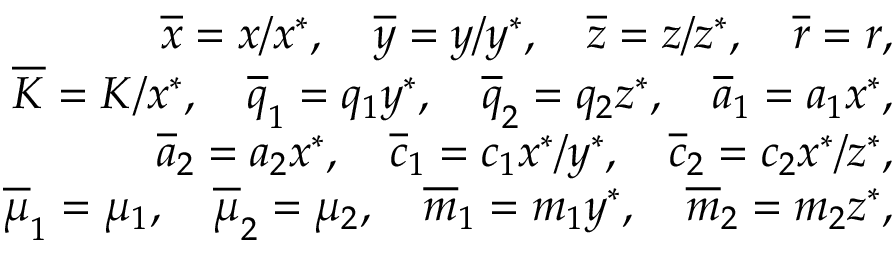
\begin{array} { r } { \overline { x } = x / x ^ { * } , \quad \overline { y } = y / y ^ { * } , \quad \overline { z } = z / z ^ { * } , \quad \overline { r } = r , } \\ { \overline { K } = K / x ^ { * } , \quad \overline { q } _ { 1 } = q _ { 1 } y ^ { * } , \quad \overline { q } _ { 2 } = q _ { 2 } z ^ { * } , \quad \overline { a } _ { 1 } = a _ { 1 } x ^ { * } , } \\ { \overline { a } _ { 2 } = a _ { 2 } x ^ { * } , \quad \overline { c } _ { 1 } = c _ { 1 } x ^ { * } / y ^ { * } , \quad \overline { c } _ { 2 } = c _ { 2 } x ^ { * } / z ^ { * } , } \\ { \overline { \mu } _ { 1 } = \mu _ { 1 } , \quad \overline { \mu } _ { 2 } = \mu _ { 2 } , \quad \overline { m } _ { 1 } = m _ { 1 } y ^ { * } , \quad \overline { m } _ { 2 } = m _ { 2 } z ^ { * } , } \end{array}